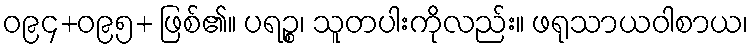
ဝ၉၄+ဝ၉၅+ ဖြစ်၏။ ပရဉ္စ၊ သူတပါးကိုလည်း။ ဖရုသာယဝါစာယ၊